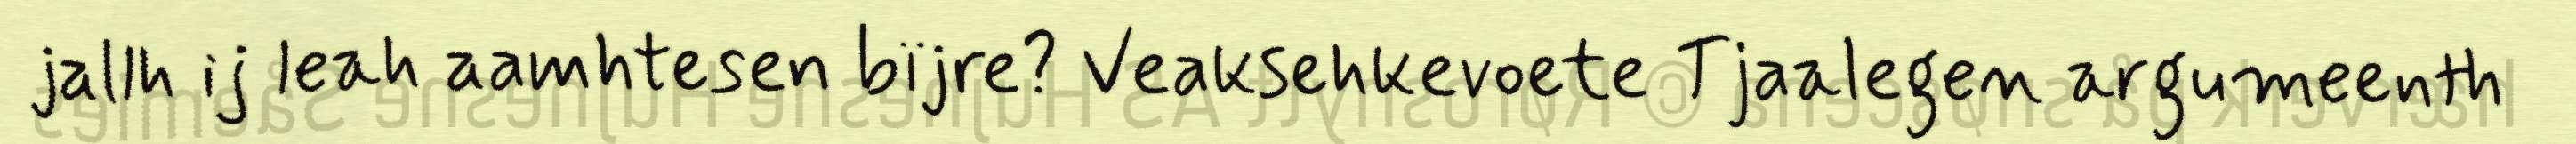
jallh ij leah aamhtesen bïjre? Veaksehkevoete Tjaalegen argumeenth